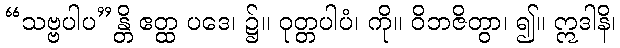
“သဗ္ဗပါပ”န္တိ ဧတ္ထ ပဒေ၊ ၌။ ဝုတ္တပါပံ၊ ကို။ ဝိဘဇိတွာ၊ ၍။ ဣဒါနိ၊